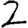
Digit: 2